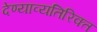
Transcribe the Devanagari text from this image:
देण्याव्यतिरिक्त